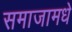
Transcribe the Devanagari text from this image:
समाजामधे